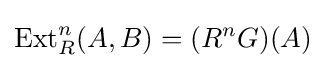
\operatorname {Ext} _{R}^{n}(A,B)=(R^{n}G)(A)